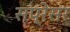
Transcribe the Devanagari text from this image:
सप्रेसर